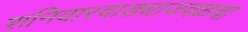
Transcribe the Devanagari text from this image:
शनिवारवाड्याजवळचा